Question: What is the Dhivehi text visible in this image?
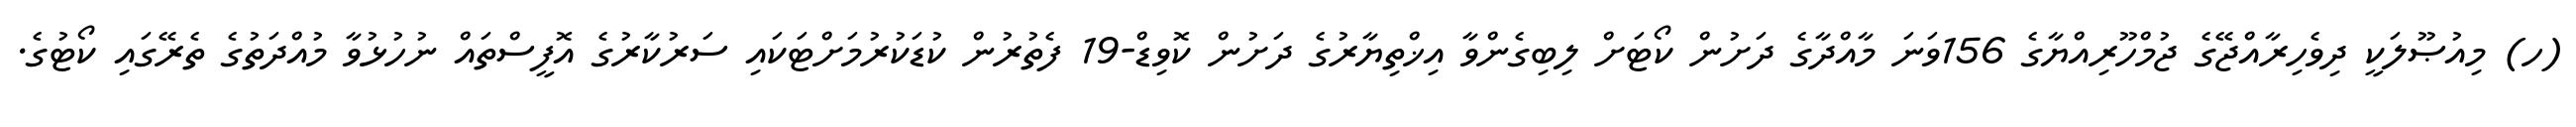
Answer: (ހ) މިއުޞޫލަކީ ދިވެހިރާއްޖޭގެ ޖުމްހޫރިއްޔާގެ 156ވަނަ މާއްދާގެ ދަށުން ކޯޓަށް ލިބިގެންވާ އިޚްތިޔާރުގެ ދަށުން ކޮވިޑް-19 ފެތުރުން ކުޑަކުރުމަށްޓަކައި ސަރުކާރުގެ އޮފީސްތައް ނުހުޅުވާ މުއްދަތުގެ ތެރޭގައި ކޯޓުގެ.